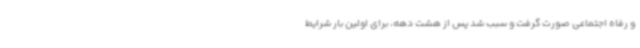
و رفاه اجتماعی صورت گرفت و سبب شد پس از هشت دهه، برای اولین بار شرایط